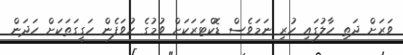
ވަރަށް ދަތި ހާލުގައި ހުރި ނަމަވެސް ޑޮކްޓަރަކަށް ވުމުގެ ހުވަފެން ހަގީގަތަކަށް ހަދަން